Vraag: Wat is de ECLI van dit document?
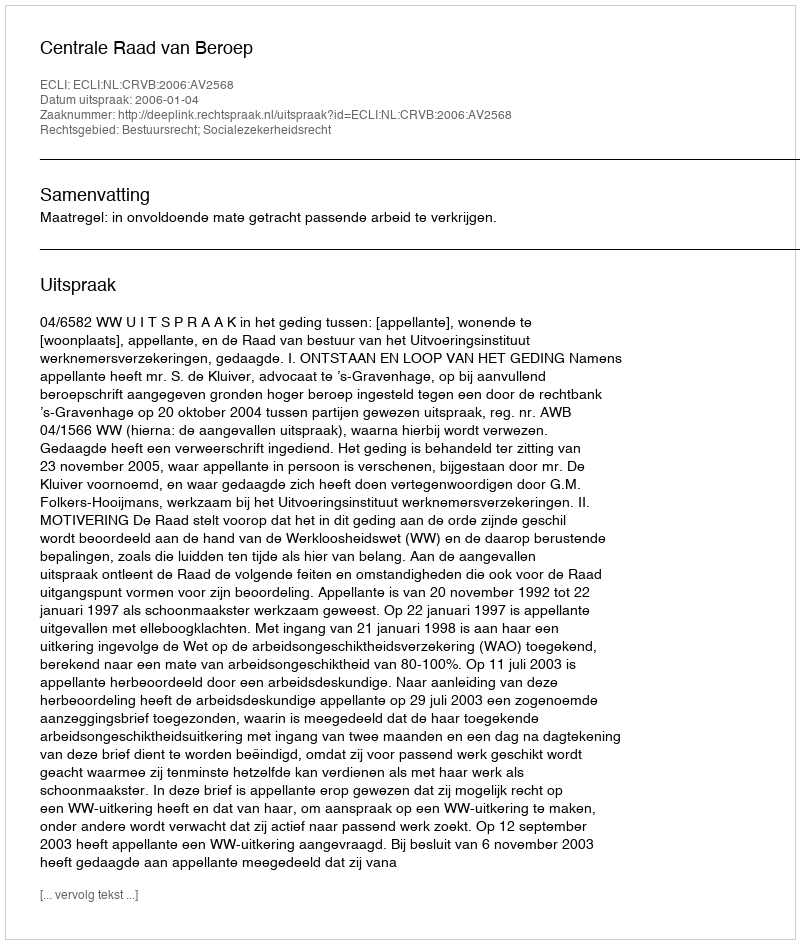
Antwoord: ECLI:NL:CRVB:2006:AV2568